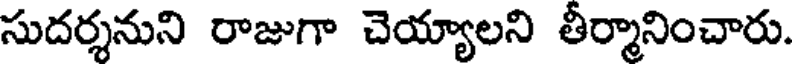
సుదర్శనుని రాజుగా చెయ్యాలని తీర్మానించారు.